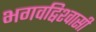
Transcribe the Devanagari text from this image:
भगवद्विश्‍वासी